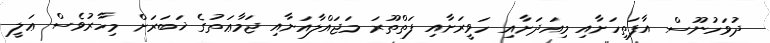
ދުވަހުނޫސް އާފަތިހަށާއި މިއަދަށާއި ހަވީރަށާއި ފަތްތޫރަ މަޖައްލާއަށާއި ޖަމާޢަތުގެ ޚަބަރަށް މިހާރުވެސް ޢަލީ